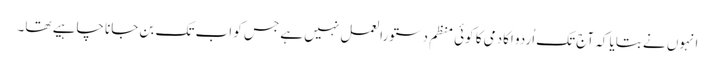
انہوں نے بتایا کہ آج تک اُردو اکادمی کا کوئی منظم دستورالعمل نہیں ہے جس کو اب تک بن جانا چاہیے تھا۔